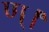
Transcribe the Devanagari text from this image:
ण्।